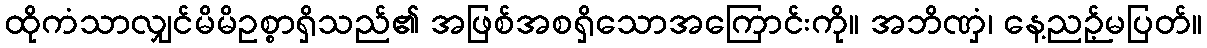
ထိုကံသာလျှင်မိမိဥစ္စာရှိသည်၏ အဖြစ်အစရှိသောအကြောင်းကို။ အဘိဏှံ၊ နေ့ညဉ့်မပြတ်။